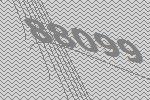
88099